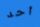
أحد